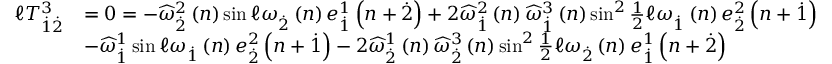
\begin{array} { r l } { \mathcal { \ell } T _ { \overset { . } { 1 } \overset { . } { 2 } } ^ { 3 } } & { = 0 = - \widehat { \omega } _ { \overset { . } { 2 } } ^ { 2 } \left( n \right) \sin \mathcal { \ell } \omega _ { \overset { . } { 2 } } \left( n \right) e _ { \overset { . } { 1 } } ^ { 1 } \left( n + \overset { . } { 2 } \right) + 2 \widehat { \omega } _ { \overset { . } { 1 } } ^ { 2 } \left( n \right) \widehat { \omega } _ { \overset { . } { 1 } } ^ { 3 } \left( n \right) \sin ^ { 2 } \frac { 1 } { 2 } \mathcal { \ell } \omega _ { \overset { . } { 1 } } \left( n \right) e _ { \overset { . } { 2 } } ^ { 2 } \left( n + \overset { . } { 1 } \right) } \\ & { - \widehat { \omega } _ { \overset { . } { 1 } } ^ { 1 } \sin \mathcal { \ell } \omega _ { \overset { . } { 1 } } \left( n \right) e _ { \overset { . } { 2 } } ^ { 2 } \left( n + \overset { . } { 1 } \right) - 2 \widehat { \omega } _ { \overset { . } { 2 } } ^ { 1 } \left( n \right) \widehat { \omega } _ { \overset { . } { 2 } } ^ { 3 } \left( n \right) \sin ^ { 2 } \frac { 1 } { 2 } \mathcal { \ell } \omega _ { \overset { . } { 2 } } \left( n \right) e _ { \overset { . } { 1 } } ^ { 1 } \left( n + \overset { . } { 2 } \right) } \end{array}